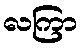
လကြာ